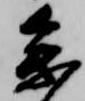
参